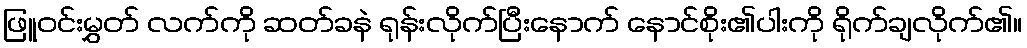
ဖြူဝင်းမွှတ် လက်ကို ဆတ်ခနဲ ရုန်းလိုက်ပြီးနောက် နောင်စိုး၏ပါးကို ရိုက်ချလိုက်၏။